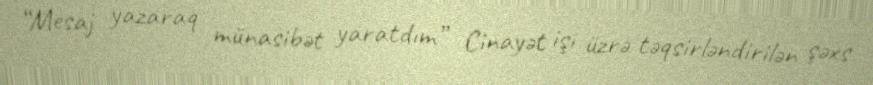
“Mesaj yazaraq münasibət yaratdım” Cinayət işi üzrə təqsirləndirilən şəxs